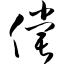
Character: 偿